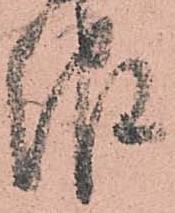
報